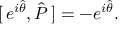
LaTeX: [ \, e ^ { i \hat { \theta } } , \hat { P } \, ] = - e ^ { i \hat { \theta } } .